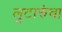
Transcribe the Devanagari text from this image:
लुटारुंचा